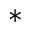
^ *